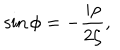
LaTeX: \sin \phi = - \frac { i \rho } { 2 \zeta } ,